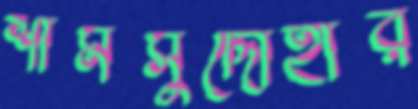
শামসুদ্দোহার